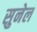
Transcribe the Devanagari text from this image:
सुनेल